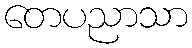
တေပညာသာ